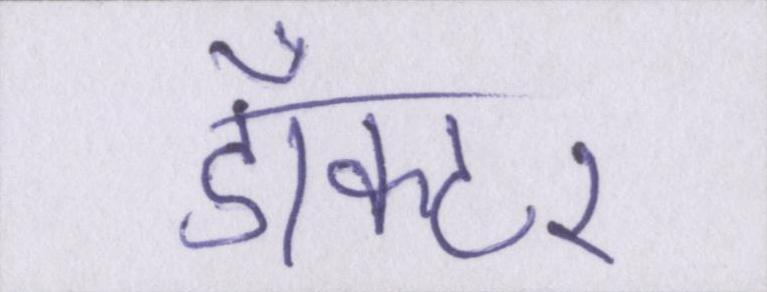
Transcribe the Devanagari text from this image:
डाँक्टर